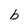
Character: b